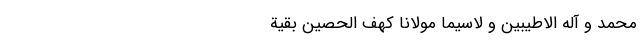
مُحَمَّد وَ آله الاَطیَبینَ وَ لاسِیَّما مولانا کَهف الحَصین بَقیَّةَ